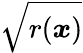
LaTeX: \sqrt{r(\boldsymbol{x})}